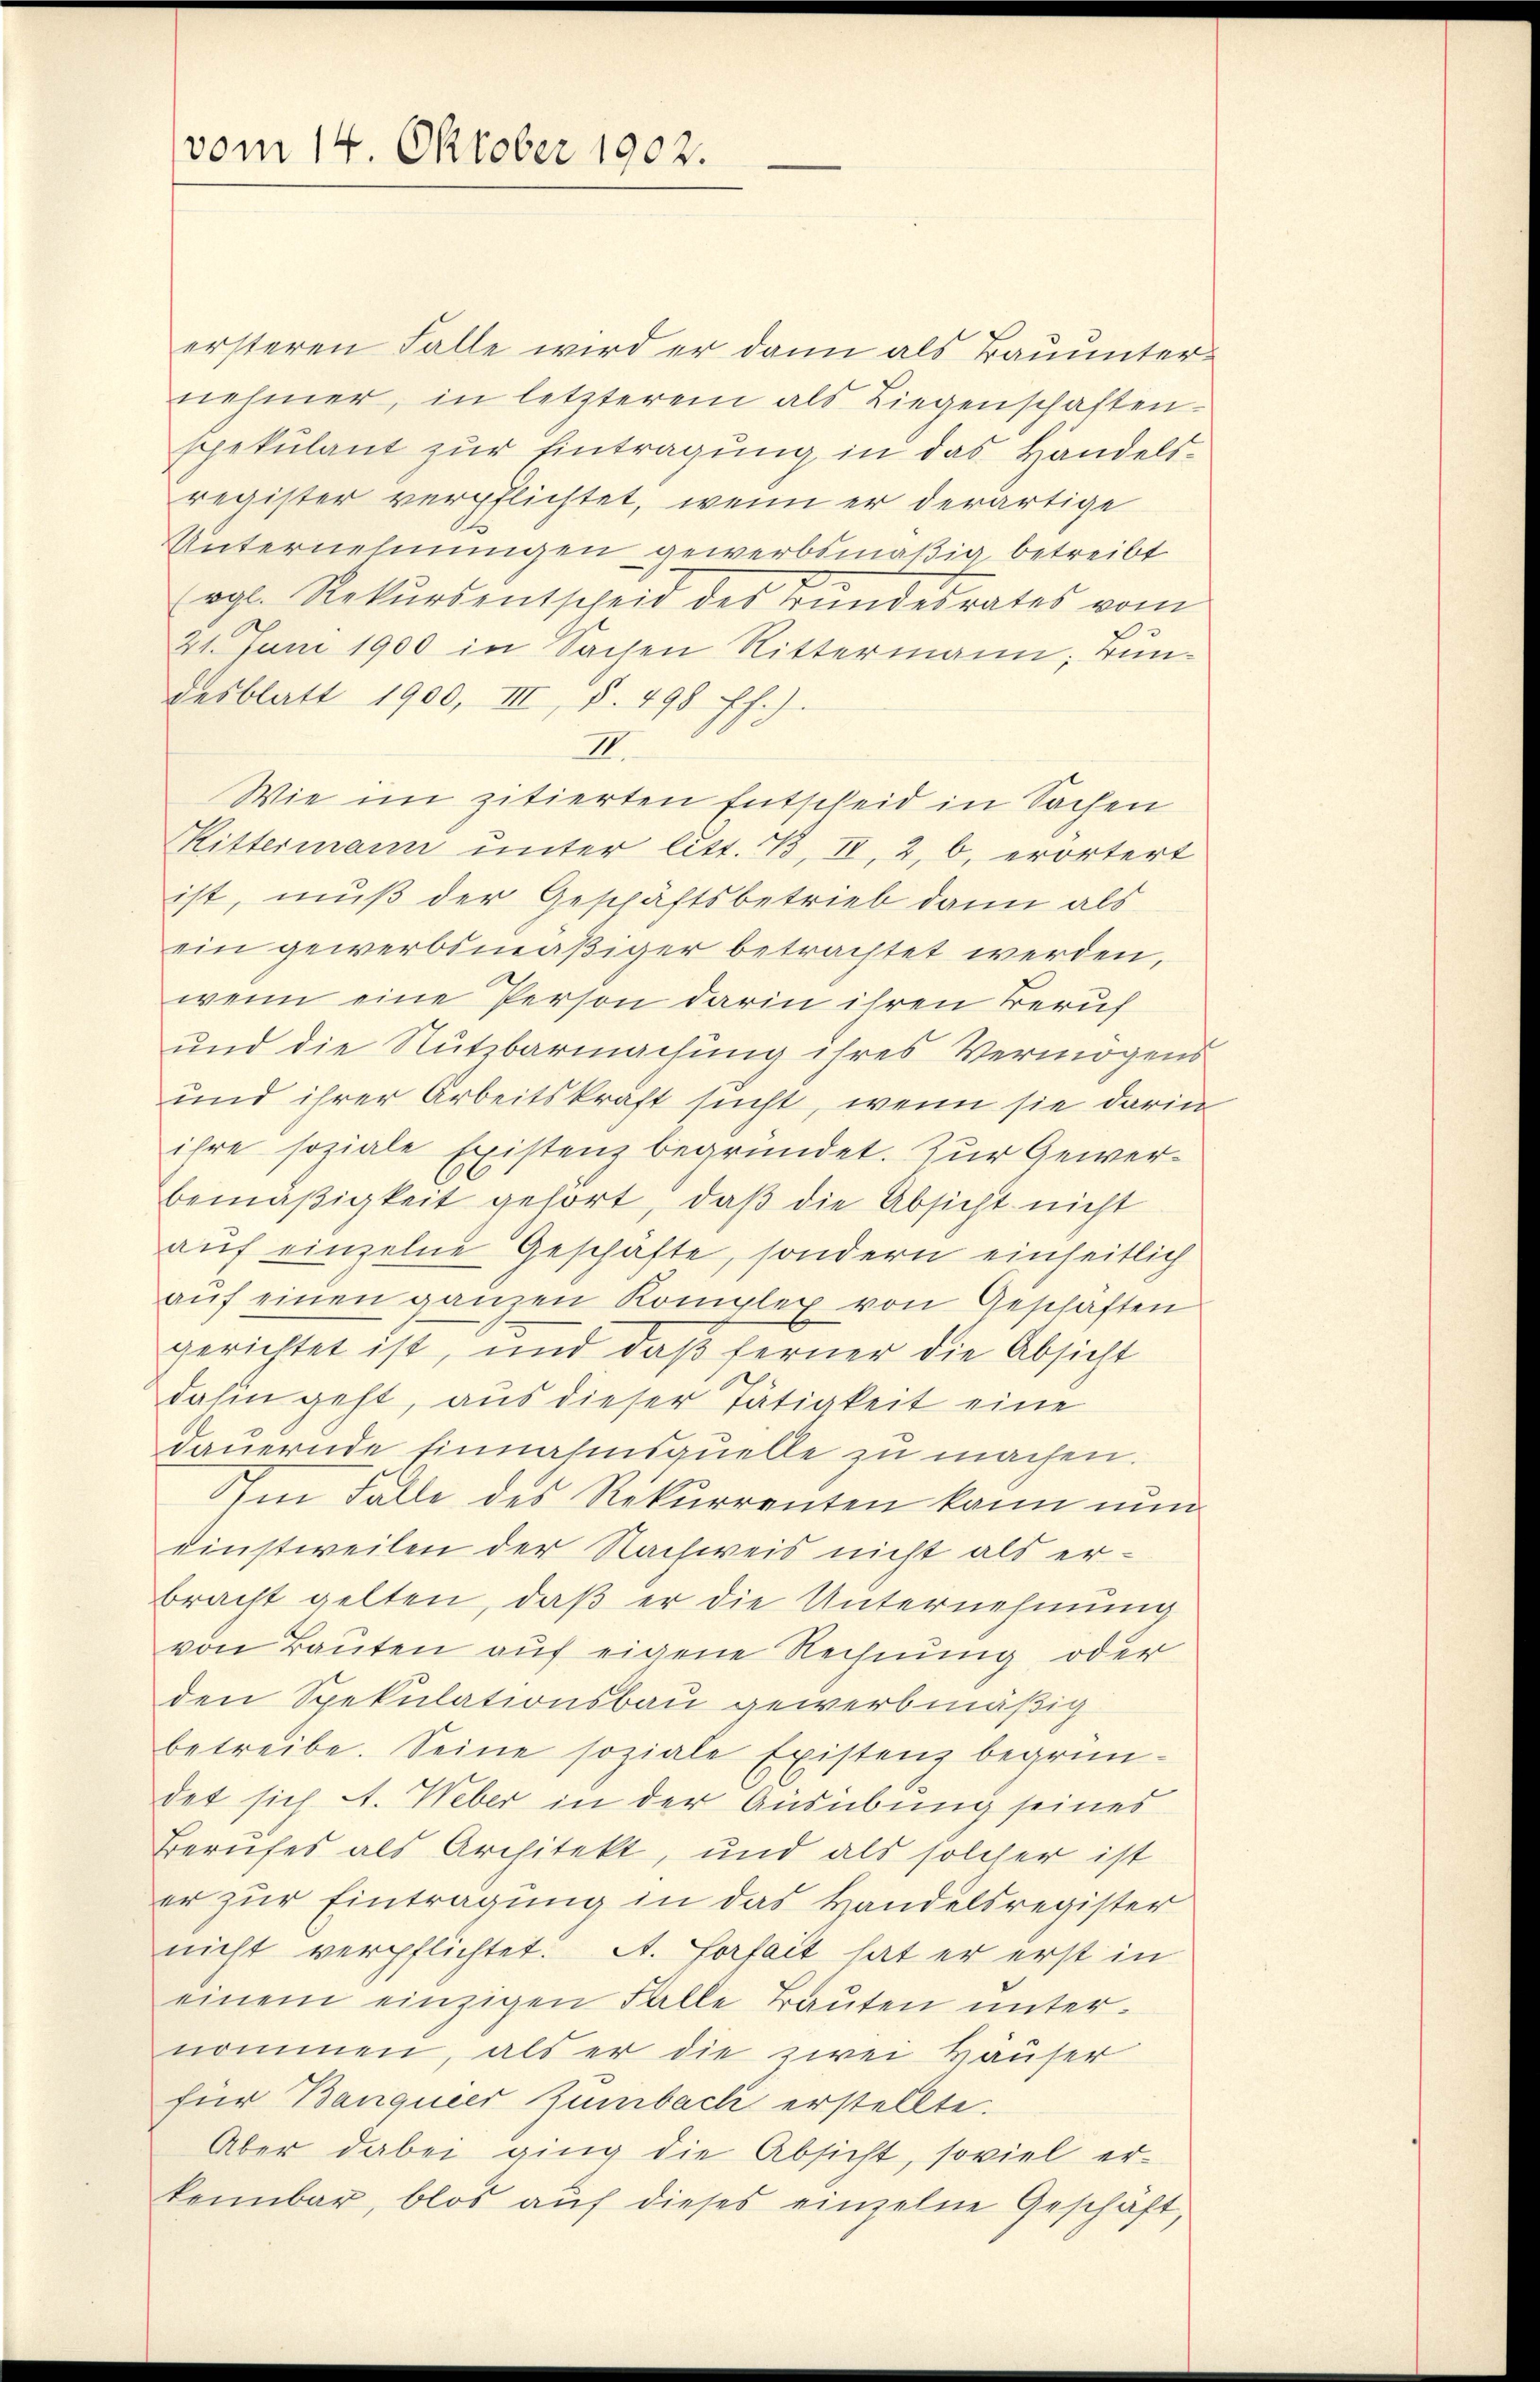
vom 14. Oktober 1902.

ersteren Falle wird er dann als Bauunternehmer, in letzterem als Liegenschaften.
spekulant zur Eintragung in das Handelsregister verpflichtet, wenn er derartige
Unternehmungen gewerbsmäßig betreibt
rgl. Rekŭrsentscheid des Bundesrates vom
21. Juni 1900 in Sachen Rittermann, Bundesblatt 1900, III, S. 498 ff.).
II.
Wie im zitierten Entscheid in Sachen
Rittermann unter litt. B, II, 2, b. erörtert
ist, muß der Geschäftsbetrieb dann als
ein gewerbsmäßiger betrachtet werden,
wenn eine Person darin ihren Beruf
und die Nutzbarmachung ihres Vermögens
und ihrer Arbeitskraft sucht, wenn sie darin
ihre soziale Existenz begründet. Zur Gewerbemäβigkeit gehört, daß die Absicht nicht
auf einzelne Geschäfte, sondern einheitlich
aŭf einen ganzen Komplex von Geschäften
gerichtet ist, und daß ferner die Absicht
dahin geht, aus dieser Tätigkeit eine
dauernde Einnahmsquelle zu machen.
Im Falle des Rekurrenten kann nun
einstweilen der Nachweis nicht als erbracht gelten, daß er die Unternehmung
von Bauten auf eigene Rechnung oder
den Spekulationsbau gewerbmäßig
betreibe. Seine soziale Existenz begrün-
det sich A. Weber in der Ausübung seines
Berufes als Architekt, und als solcher ist
er zur Eintragung in das Handelsregister
nicht verpflichtet. A. Forfait hat er erst in
einem einzigen Falle Bauten unternommen, als er die zwei Häuser
für Banqueer Zumbach erstellte.
Aber dabei ging die Absicht, soviel er-
kennbar, blos auf dieses einzelne Geschäft,